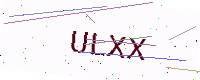
Text: ULXX